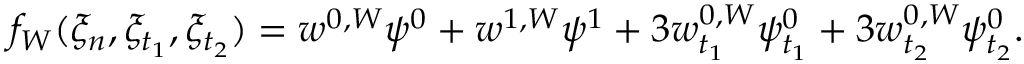
f _ { W } ( \xi _ { n } , \xi _ { t _ { 1 } } , \xi _ { t _ { 2 } } ) = w ^ { 0 , W } \psi ^ { 0 } + w ^ { 1 , W } \psi ^ { 1 } + 3 w _ { t _ { 1 } } ^ { 0 , W } \psi _ { t _ { 1 } } ^ { 0 } + 3 w _ { t _ { 2 } } ^ { 0 , W } \psi _ { t _ { 2 } } ^ { 0 } .